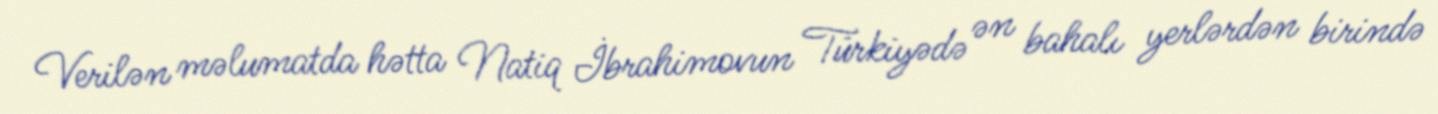
Verilən məlumatda hətta Natiq İbrahimovun Türkiyədə ən bahalı yerlərdən birində